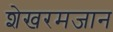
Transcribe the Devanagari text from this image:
शेखरमजान